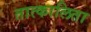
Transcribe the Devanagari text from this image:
तात्कालिता